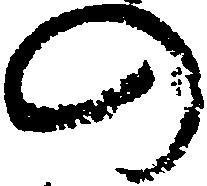
の